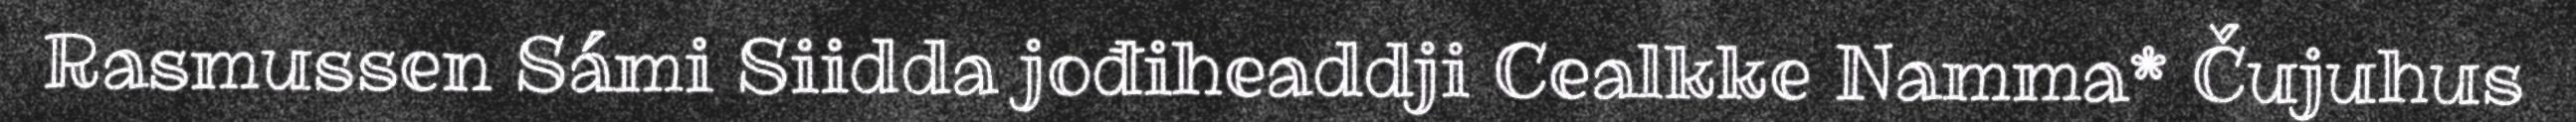
Rasmussen Sámi Siidda jođiheaddji Cealkke Namma* Čujuhus